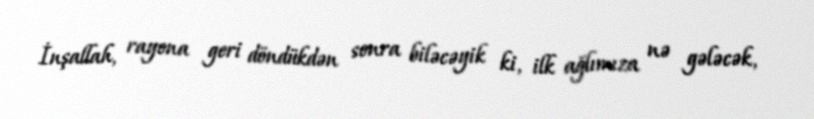
İnşallah, rayona geri döndükdən sonra biləcəyik ki, ilk ağlımıza nə gələcək,